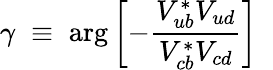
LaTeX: \gamma\; \equiv\; \arg\left[-\frac{V_{ub}^{*}V_{ud}}{V_{cb}^{*}V_{cd}}\right]\; \;